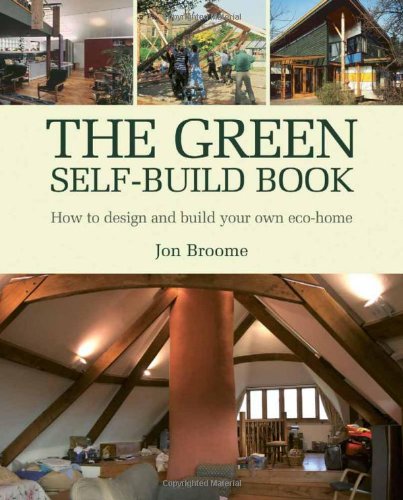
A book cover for The Green Self-Build Book: How to Design and Build Your Own Eco-Home (Sustainable Building); Jon Broome; Crafts, Hobbies & Home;